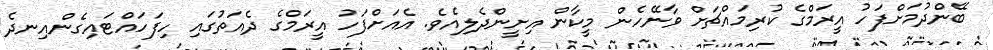
ބޭންދުމަށްފަހު އީރަމްގެ ކުރިމައްޗަށް ވާނޭހެން މީކާން އިށީންދެލިއެވެ. އެއަށްފަހު އީރަމްގެ ދެއަތުގައި ހިފަހައްޓައިގެންއިނދެ